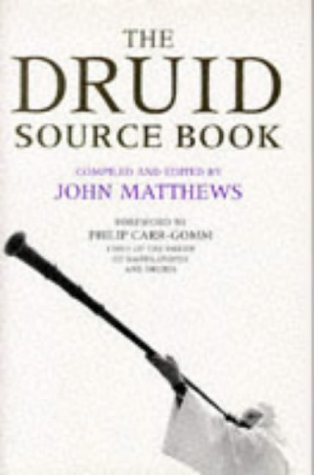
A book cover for The Druid Source Book: From Earliest Times to the Present Day; Religion & Spirituality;